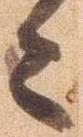
々